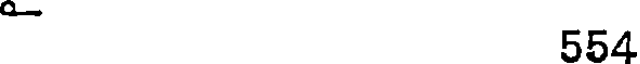
554